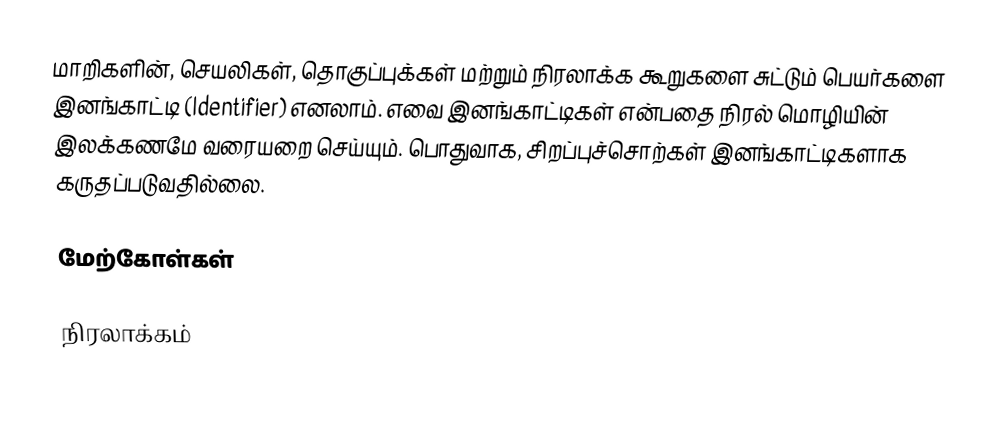
மாறிகளின், செயலிகள், தொகுப்புக்கள் மற்றும் நிரலாக்க கூறுகளை சுட்டும் பெயர்களை இனங்காட்டி (Identifier) எனலாம்.  எவை இனங்காட்டிகள் என்பதை நிரல் மொழியின் இலக்கணமே வரையறை செய்யும்.  பொதுவாக, சிறப்புச்சொற்கள் இனங்காட்டிகளாக கருதப்படுவதில்லை.

மேற்கோள்கள்

நிரலாக்கம்